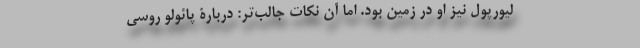
لیورپول نیز او در زمین بود. اما آن نکات جالب‌تر: دربارۀ پائولو روسی